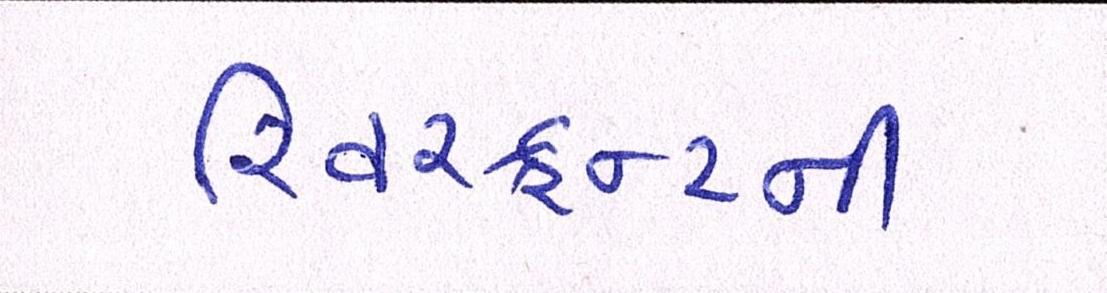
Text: રિવરફ્રન્ટની